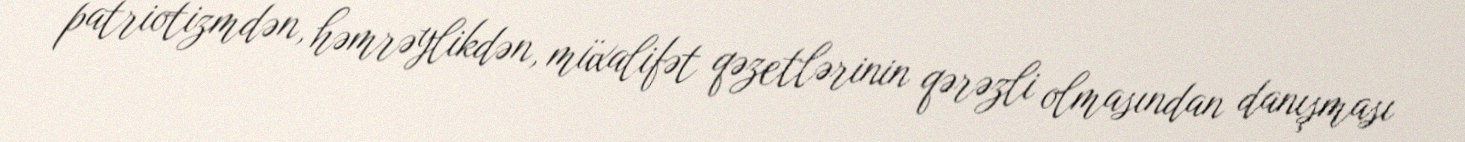
patriotizmdən, həmrəylikdən, müxalifət qəzetlərinin qərəzli olmasından danışması